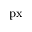
\mathrm { p x }